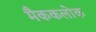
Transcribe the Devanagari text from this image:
मैककलोक